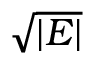
\sqrt { | { \cal E } | }